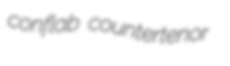
conflab countertenor